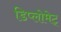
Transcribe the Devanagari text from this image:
डिप्लोमेट्